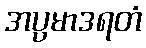
အပ္ပမာဒရတံ